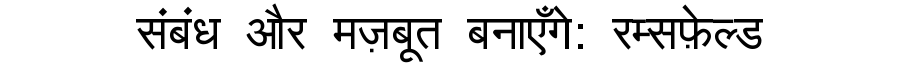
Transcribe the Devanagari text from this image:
संबंध और मज़बूत बनाएँगे: रम्सफ़ेल्ड